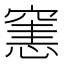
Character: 𥧟